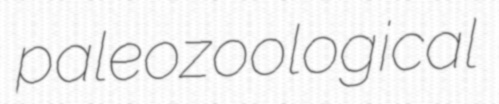
paleozoological